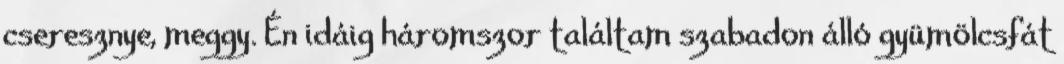
cseresznye, meggy. Én idáig háromszor találtam szabadon álló gyümölcsfát